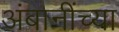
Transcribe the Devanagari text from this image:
अंबानींच्या